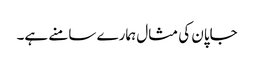
جاپان کی مثال ہمارے سامنے ہے۔